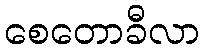
စေတောခီလာ